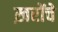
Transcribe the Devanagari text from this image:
ख़रोंचे